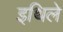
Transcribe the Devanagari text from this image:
इथिले